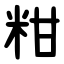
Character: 粓